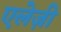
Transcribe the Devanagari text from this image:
एलेज़ी